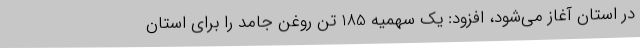
در استان آغاز می‌شود، افزود: یک سهمیه 185 تن روغن جامد را برای استان